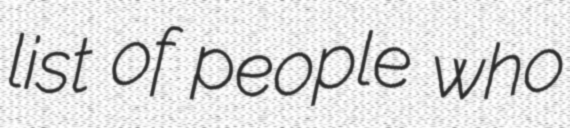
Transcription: list of people who